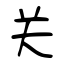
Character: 关